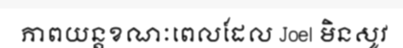
ភាពយន្តខណៈពេលដែល Joel មិនសូវ